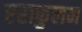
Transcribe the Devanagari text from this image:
एराकुलम